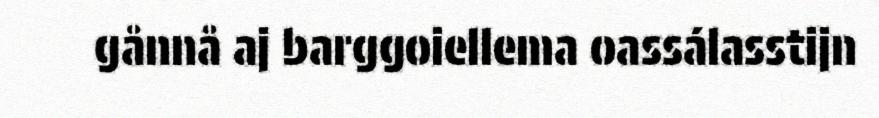
gånnå aj barggoiellema oassálasstijn